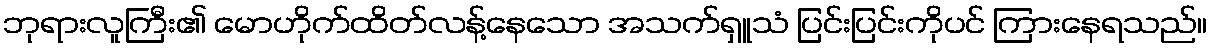
ဘုရားလူကြီး၏ မောဟိုက်ထိတ်လန့်နေသော အသက်ရှူသံ ပြင်းပြင်းကိုပင် ကြားနေရသည်။